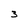
Character: 3